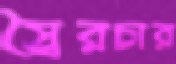
স্বৈরচার